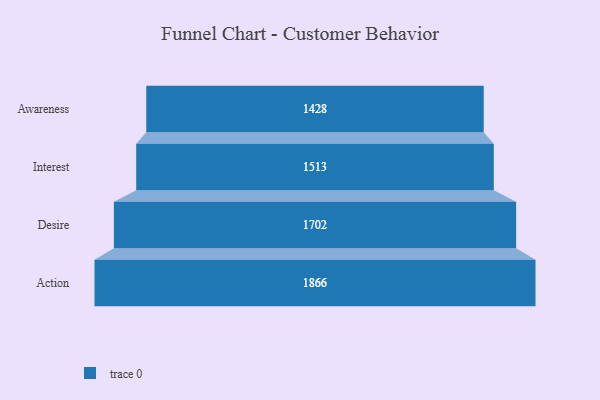
{"axis": {"x": "Stage", "y": "Value"}, "legend": [""], "data": [{"x": "Awareness", "y": 1428.0, "type": ""}, {"x": "Interest", "y": 1513.0, "type": ""}, {"x": "Desire", "y": 1702.0, "type": ""}, {"x": "Action", "y": 1866.0, "type": ""}]}